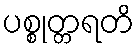
ပစ္စုတ္တရတိ